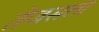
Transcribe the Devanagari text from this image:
तेजसला